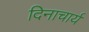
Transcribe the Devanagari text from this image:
दिनाचार्य